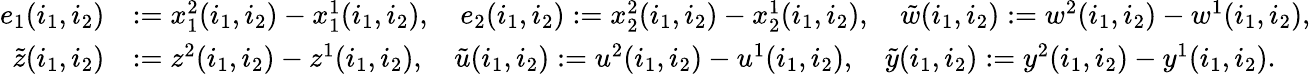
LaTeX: \begin{array}{rl}{e_{1}(i_{1},i_{2})}&{:=x_{1}^{2}(i_{1},i_{2})-x_{1}^{1}(i_{1},i_{2}),\quad e_{2}(i_{1},i_{2}):=x_{2}^{2}(i_{1},i_{2})-x_{2}^{1}(i_{1},i_{2}),\quad\tilde{w}(i_{1},i_{2}):=w^{2}(i_{1},i_{2})-w^{1}(i_{1},i_{2}),}\\ {\tilde{z}(i_{1},i_{2})}&{:=z^{2}(i_{1},i_{2})-z^{1}(i_{1},i_{2}),\quad\tilde{u}(i_{1},i_{2}):=u^{2}(i_{1},i_{2})-u^{1}(i_{1},i_{2}),\quad\tilde{y}(i_{1},i_{2}):=y^{2}(i_{1},i_{2})-y^{1}(i_{1},i_{2}).}\end{array}